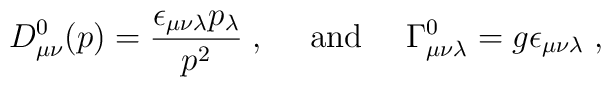
D^0_{\mu\nu}(p)= \frac{\epsilon_{\mu\nu\lambda}p_\lambda}{p^2}\;,{}~~~~{\rm and} ~~~~\Gamma^0_{\mu\nu\lambda}=g\epsilon_{\mu\nu\lambda}\;,